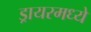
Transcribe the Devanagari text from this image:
ड्रायरमध्ये